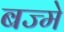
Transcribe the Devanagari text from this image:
बज्मे